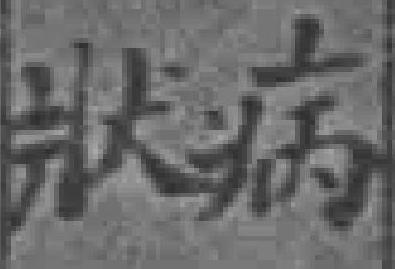
狀病